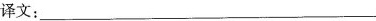
译文：___